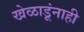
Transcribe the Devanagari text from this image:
खेळाडूंनाही